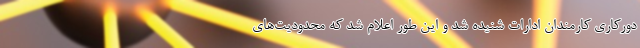
دورکاری کارمندان ادارات شنیده شد و این طور اعلام شد که محدودیت‌های